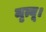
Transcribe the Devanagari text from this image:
मृत्यू।